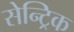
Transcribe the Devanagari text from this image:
सेन्ट्रिक